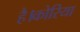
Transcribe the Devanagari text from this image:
है।कोरिया